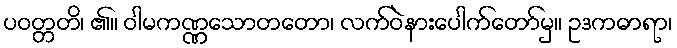
ပဝတ္တတိ၊ ၏။ ဝါမကဏ္ဏသောတတော၊ လက်ဝဲနားပေါက်တော်မှ။ ဥဒကဓာရာ၊